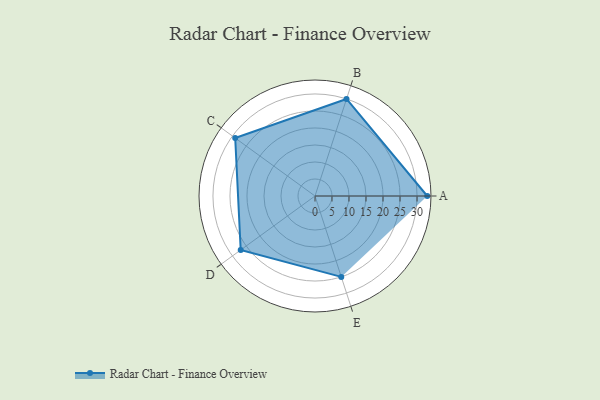
{"axis": {"x": "Skill", "y": "Score"}, "legend": ["Profile"], "data": [{"x": "A", "y": 33.0, "type": "Profile"}, {"x": "B", "y": 30.0, "type": "Profile"}, {"x": "C", "y": 29.0, "type": "Profile"}, {"x": "D", "y": 27.0, "type": "Profile"}, {"x": "E", "y": 25.0, "type": "Profile"}]}